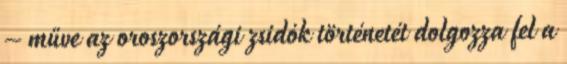
– műve az oroszországi zsidók történetét dolgozza fel a